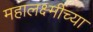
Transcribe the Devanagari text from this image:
महालक्ष्मींच्या